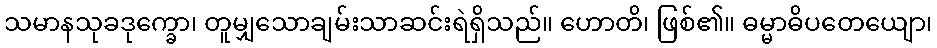
သမာနသုခဒုက္ခော၊ တူမျှသောချမ်းသာဆင်းရဲရှိသည်။ ဟောတိ၊ ဖြစ်၏။ ဓမ္မာဓိပတေယျော၊